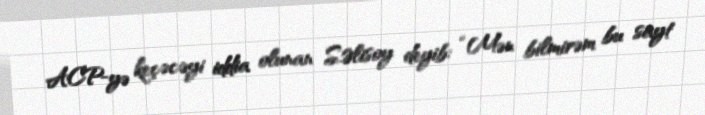
ACP-yə keçəcəyi iddia olunan S.Əlisoy deyib: “Mən bilmirəm bu sayt